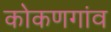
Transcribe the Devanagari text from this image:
कोकणगांव